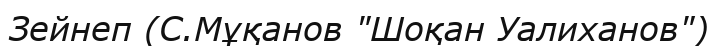
Зейнеп (С.Мұқанов "Шоқан Уалиханов")